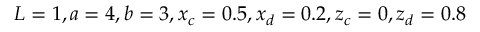
L = 1 , a = 4 , b = 3 , x _ { c } = 0 . 5 , x _ { d } = 0 . 2 , z _ { c } = 0 , z _ { d } = 0 . 8